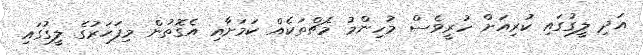
އަދި ލީގުގައި ކުރިއަށް ހުރީވެސް މުހިންމު މެޗްތަކެއް ކަމަށާއި އެގޮތުން މިފަހަރުގެ ލީގުގައި